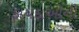
ફાયદાઓની